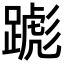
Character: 𬧌